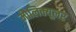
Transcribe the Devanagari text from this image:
मौलिक्यूलर